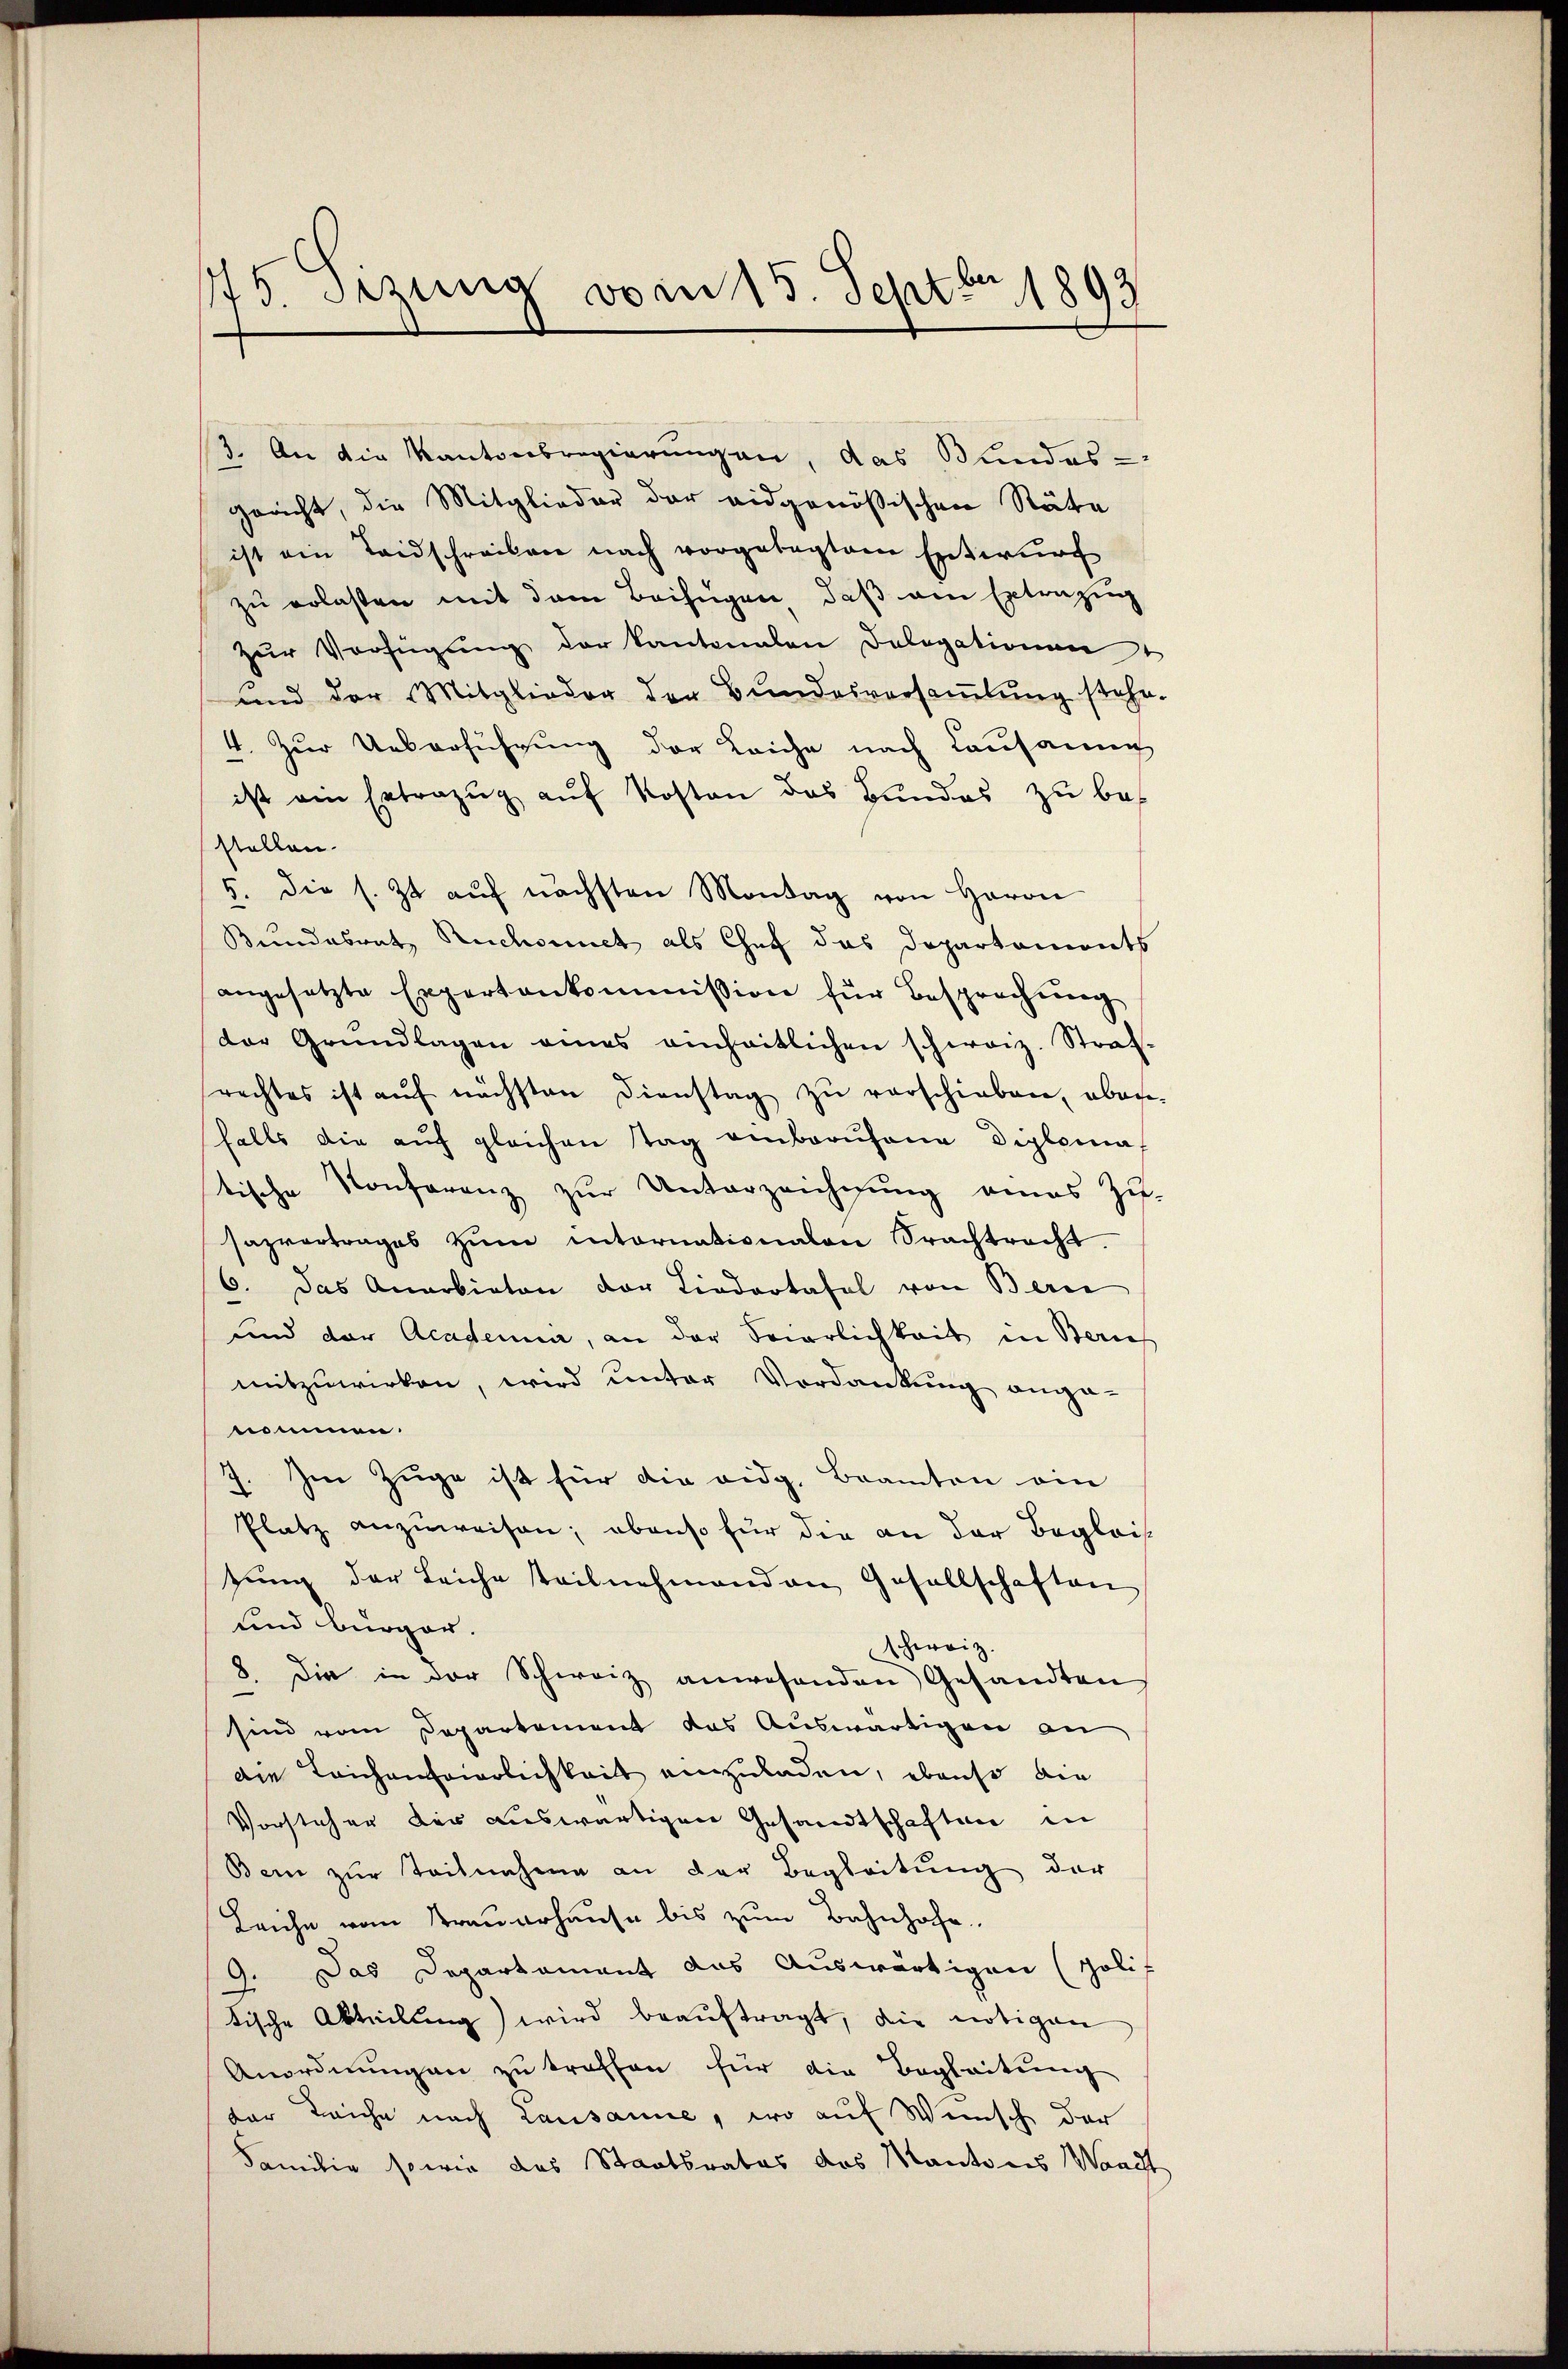
175. Setzung vom 15. Septbr 1893

3. An die Kantonsregierungen, das Bundes-
gericht, die Mitglieder der eidgenößischen Räte
ist ein Landschreiben nach vorgelegtem Entwurf
zu erlasten mit dem Beifügen, daß am Extrazug
Zŭr Verfügŭng der Kantonalen Dologationen
und der Mitglieder der Bŭndesversaṁlŭng stehe.
4. Zur Ueberführung der Leiche nach Lausanne
ist ein Extrazug auf Kosten das Bundes zu bestellen.
5. die s. Zt. aŭf nächsten Montag von Herrn
Bundesrat Ruchonnet als Chef das Departaments
angesetzte Expertenkommission für Besprechŭng
der Grundlagen eines einheitlichen schweiz. Straf-
rechtes ist aŭf nächsten Dienstag zŭ verschieben, aber
falls die auf gleichen tag einbaruhang Diplomat
tische Konferenz zŭr Unterzeichnŭng eines Zu-
sazvertrages zŭm internationalen Frachtracht.
6. Das Anarbieten der Liedertafel von Bern
und der Academie, an der Seierlichkeit in Bauf
mitzuwirken, wird unter Vordankung ange-
nommen.
7. Im Zuge ist für die eidg. Beamten ein
Platz anzuweisen; ebenso für die an der Begleis
zung der Leiche teilnehmend an Gesellschaften
und bürger.
schweiz.
8. Die in der Schweiz anwesenden Gesandten
sind vom Departement das Auswärtigen an
die Leichenfeierlichkeit einzuladen, ebenso die
Vorsteher der auswärtigen Gesandtschaften in
Bern zŭr Teilnahme an der Begleitŭng der
Leiche vom Trauerhause bis zum Bahnhofe
Das Departament aus Auswärtigen (Zolif
.
tische Abteilung) wird beauftragt, die nötigen
Anordnŭngen zŭ treffen für die Begleitŭng
der Leiche nach Lausanne, wo auf Wunsch der
Familie sowie das Staatsrates das Kantons Waadt